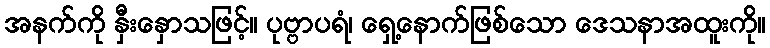
အနက်ကို နှီးနှောသဖြင့်။ ပုဗ္ဗာပရံ၊ ရှေ့နောက်ဖြစ်သော ဒေသနာအထူးကို။